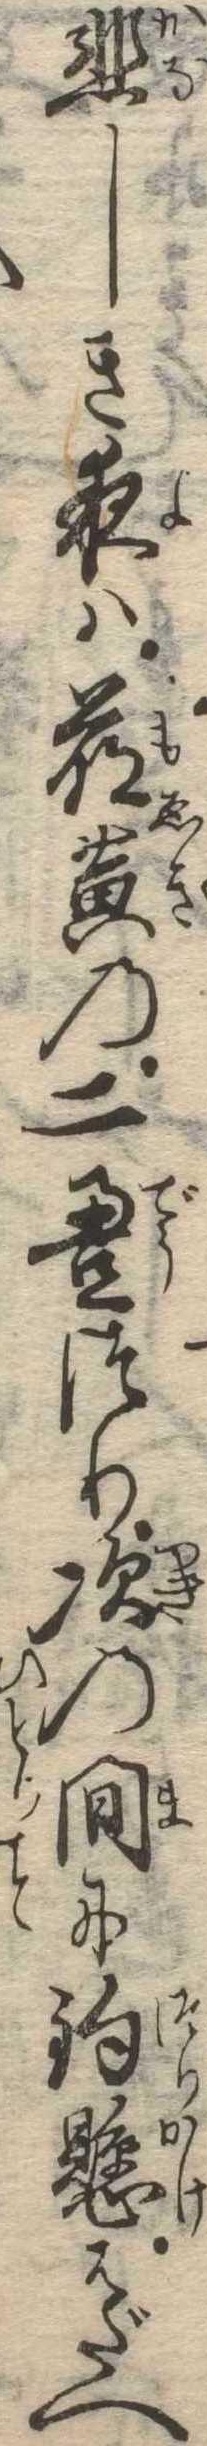
悲しき夜は萌黄の二畳つり次の間に釣懸はだへ